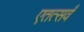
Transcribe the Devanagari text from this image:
एतत्सर्वं